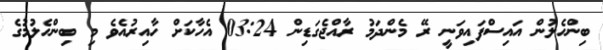
ބިންހެލުން އައިސްފައިވަނީ ރޭ މެންދަމު ރާއްޖެގަޑިން 03:24 އެހާކަށް ހާއިރުއެވެ މި ބިންހެލުމުގެ